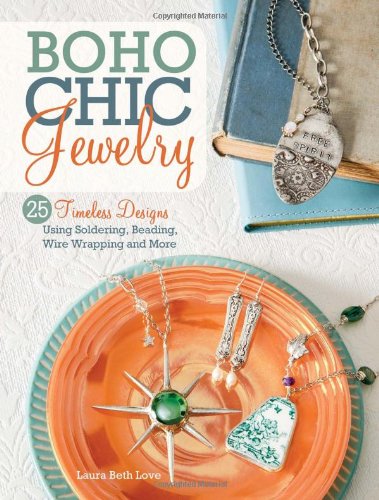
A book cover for BoHo Chic Jewelry: 25 Timeless Designs Using Soldering, Beading, Wire Wrapping and More; Laura Beth Love; Crafts, Hobbies & Home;